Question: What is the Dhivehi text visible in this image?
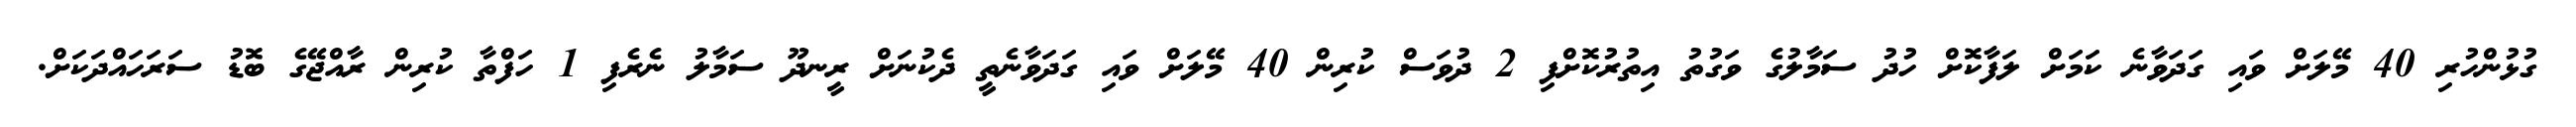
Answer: ގުޅުންހުރި 40 މޭލަށް ވައި ގަދަވާނެ ކަމަށް ލަފާކޮށް ހުދު ސަމާލުގެ ވަގުތު އިތުރުކޮށްފި 2 ދުވަސް ކުރިން 40 މޭލަށް ވައި ގަދަވާނެތީ ދެކުނަށް ރީނދޫ ސަމާލު ނެރެފި 1 ހަފްތާ ކުރިން ރާއްޖޭގެ ބޮޑު ސަރަހައްދަކަށް.